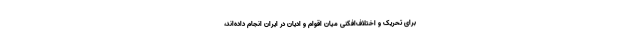
برای تحریک و اختلاف‌افکنی میان اقوام و ادیان در ایران انجام داده‌اند،